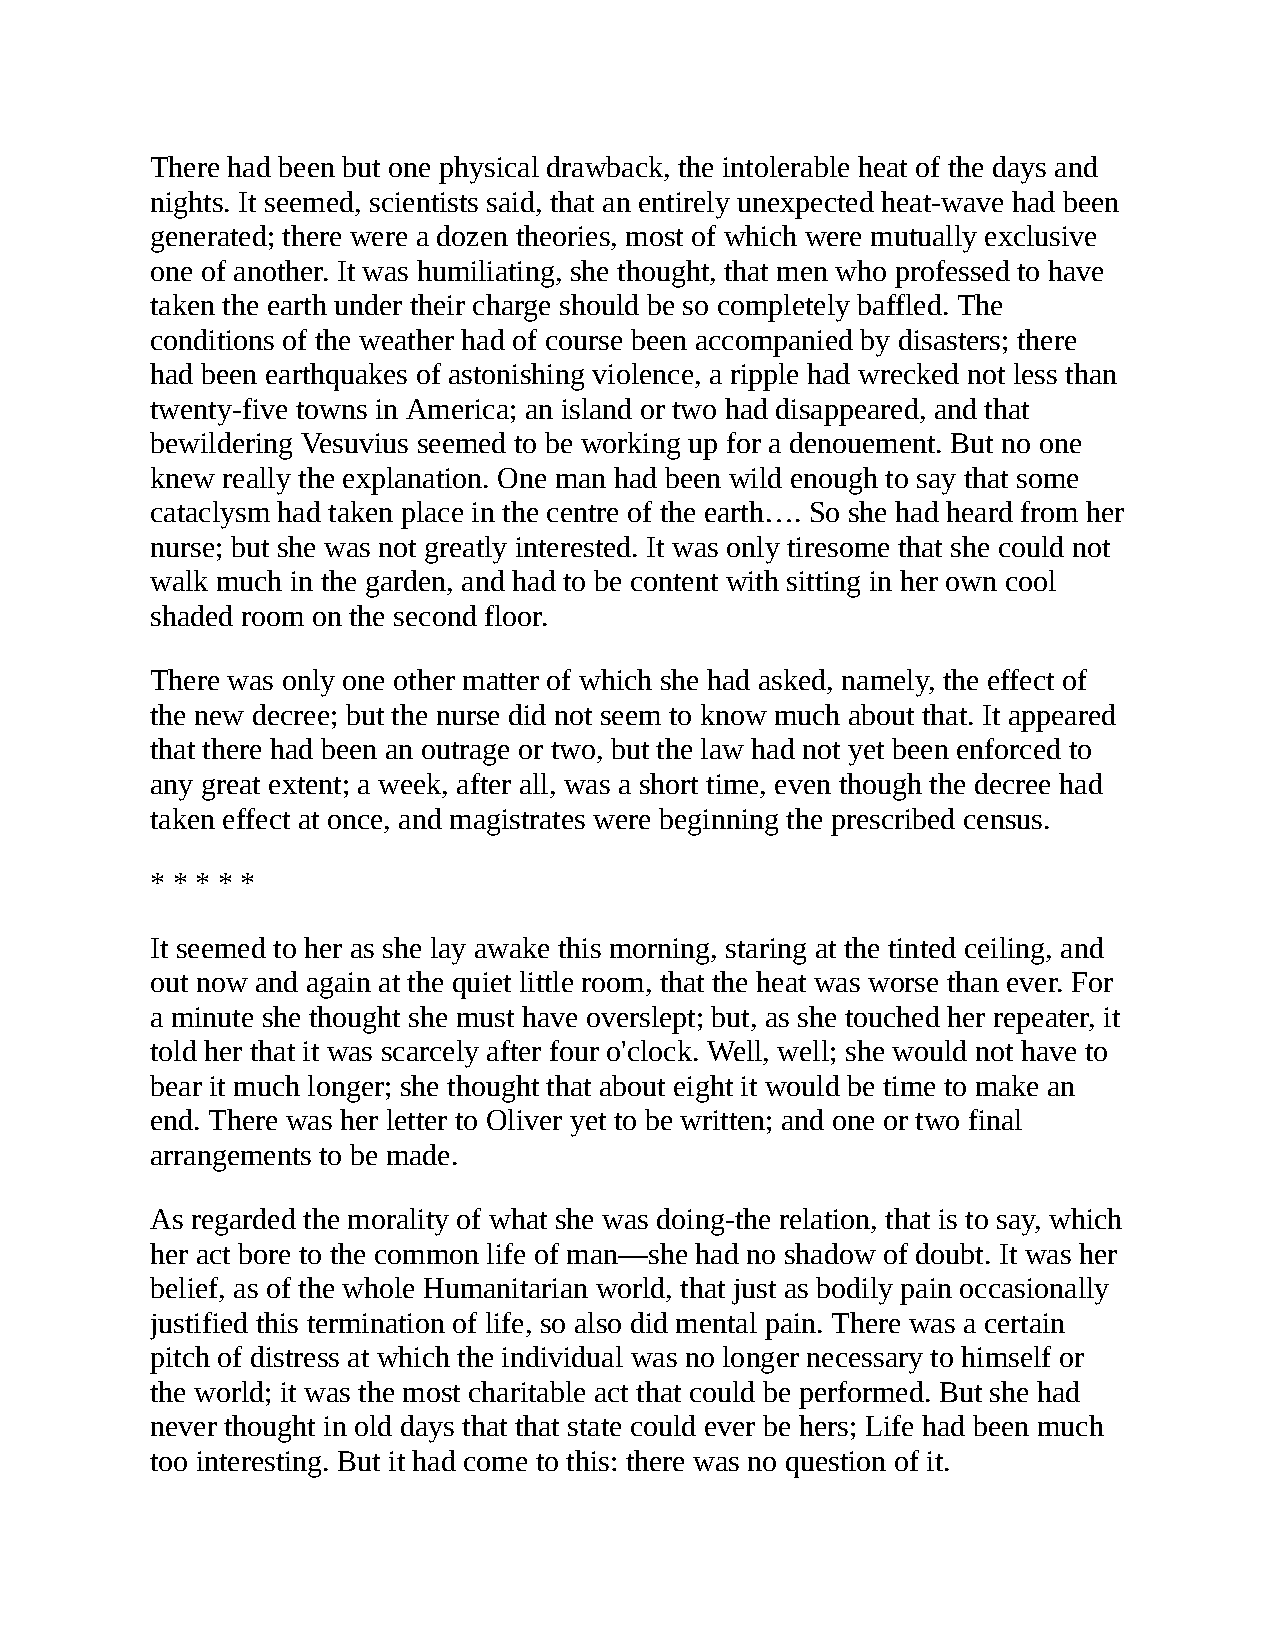
There had been but one physical drawback, the intolerable heat of the days and
 nights. It seemed, scientists said, that an entirely unexpected heat-wave had been
 generated; there were a dozen theories, most of which were mutually exclusive
 one of another. It was humiliating, she thought, that men who professed to have
 taken the earth under their charge should be so completely baffled. The
 conditions of the weather had of course been accompanied by disasters; there
 had been earthquakes of astonishing violence, a ripple had wrecked not less than
 twenty-five towns in America; an island or two had disappeared, and that
 bewildering Vesuvius seemed to be working up for a denouement. But no one
 knew really the explanation. One man had been wild enough to say that some
 cataclysm had taken place in the centre of the earth…. So she had heard from her
 nurse; but she was not greatly interested. It was only tiresome that she could not
 walk much in the garden, and had to be content with sitting in her own cool
 shaded room on the second floor.
 There was only one other matter of which she had asked, namely, the effect of
 the new decree; but the nurse did not seem to know much about that. It appeared
 that there had been an outrage or two, but the law had not yet been enforced to
 any great extent; a week, after all, was a short time, even though the decree had
 taken effect at once, and magistrates were beginning the prescribed census.
 * * * * *
 It seemed to her as she lay awake this morning, staring at the tinted ceiling, and
 out now and again at the quiet little room, that the heat was worse than ever. For
 a minute she thought she must have overslept; but, as she touched her repeater, it
 told her that it was scarcely after four o'clock. Well, well; she would not have to
 bear it much longer; she thought that about eight it would be time to make an
 end. There was her letter to Oliver yet to be written; and one or two final
 arrangements to be made.
 As regarded the morality of what she was doing-the relation, that is to say, which
 her act bore to the common life of man—she had no shadow of doubt. It was her
 belief, as of the whole Humanitarian world, that just as bodily pain occasionally
 justified this termination of life, so also did mental pain. There was a certain
 pitch of distress at which the individual was no longer necessary to himself or
 the world; it was the most charitable act that could be performed. But she had
 never thought in old days that that state could ever be hers; Life had been much
 too interesting. But it had come to this: there was no question of it.